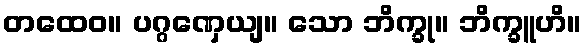
တထေဝ။ ပဂ္ဂဏှေယျ။ သော ဘိက္ခု။ ဘိက္ခူဟိ။